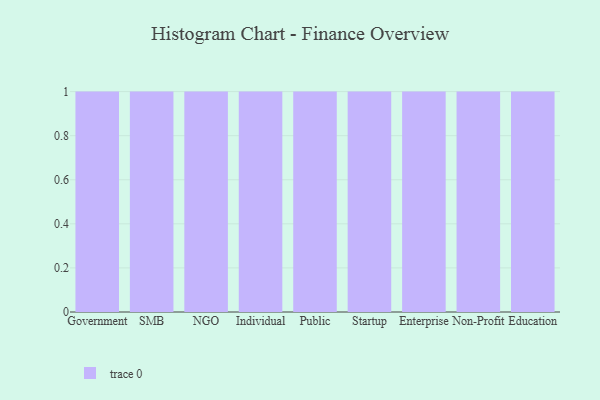
{"axis": {"x": "Segment", "y": "Market Share (%)"}, "legend": [""], "data": [{"x": "Government", "y": 41, "type": ""}, {"x": "SMB", "y": 15, "type": ""}, {"x": "NGO", "y": 5, "type": ""}, {"x": "Individual", "y": 25, "type": ""}, {"x": "Public", "y": 35, "type": ""}, {"x": "Startup", "y": 33, "type": ""}, {"x": "Enterprise", "y": 41, "type": ""}, {"x": "Non-Profit", "y": 83, "type": ""}, {"x": "Education", "y": 59, "type": ""}]}